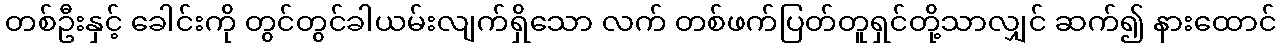
တစ်ဦးနှင့် ခေါင်းကို တွင်တွင်ခါယမ်းလျက်ရှိသော လက် တစ်ဖက်ပြတ်တူရှင်တို့သာလျှင် ဆက်၍ နားထောင်